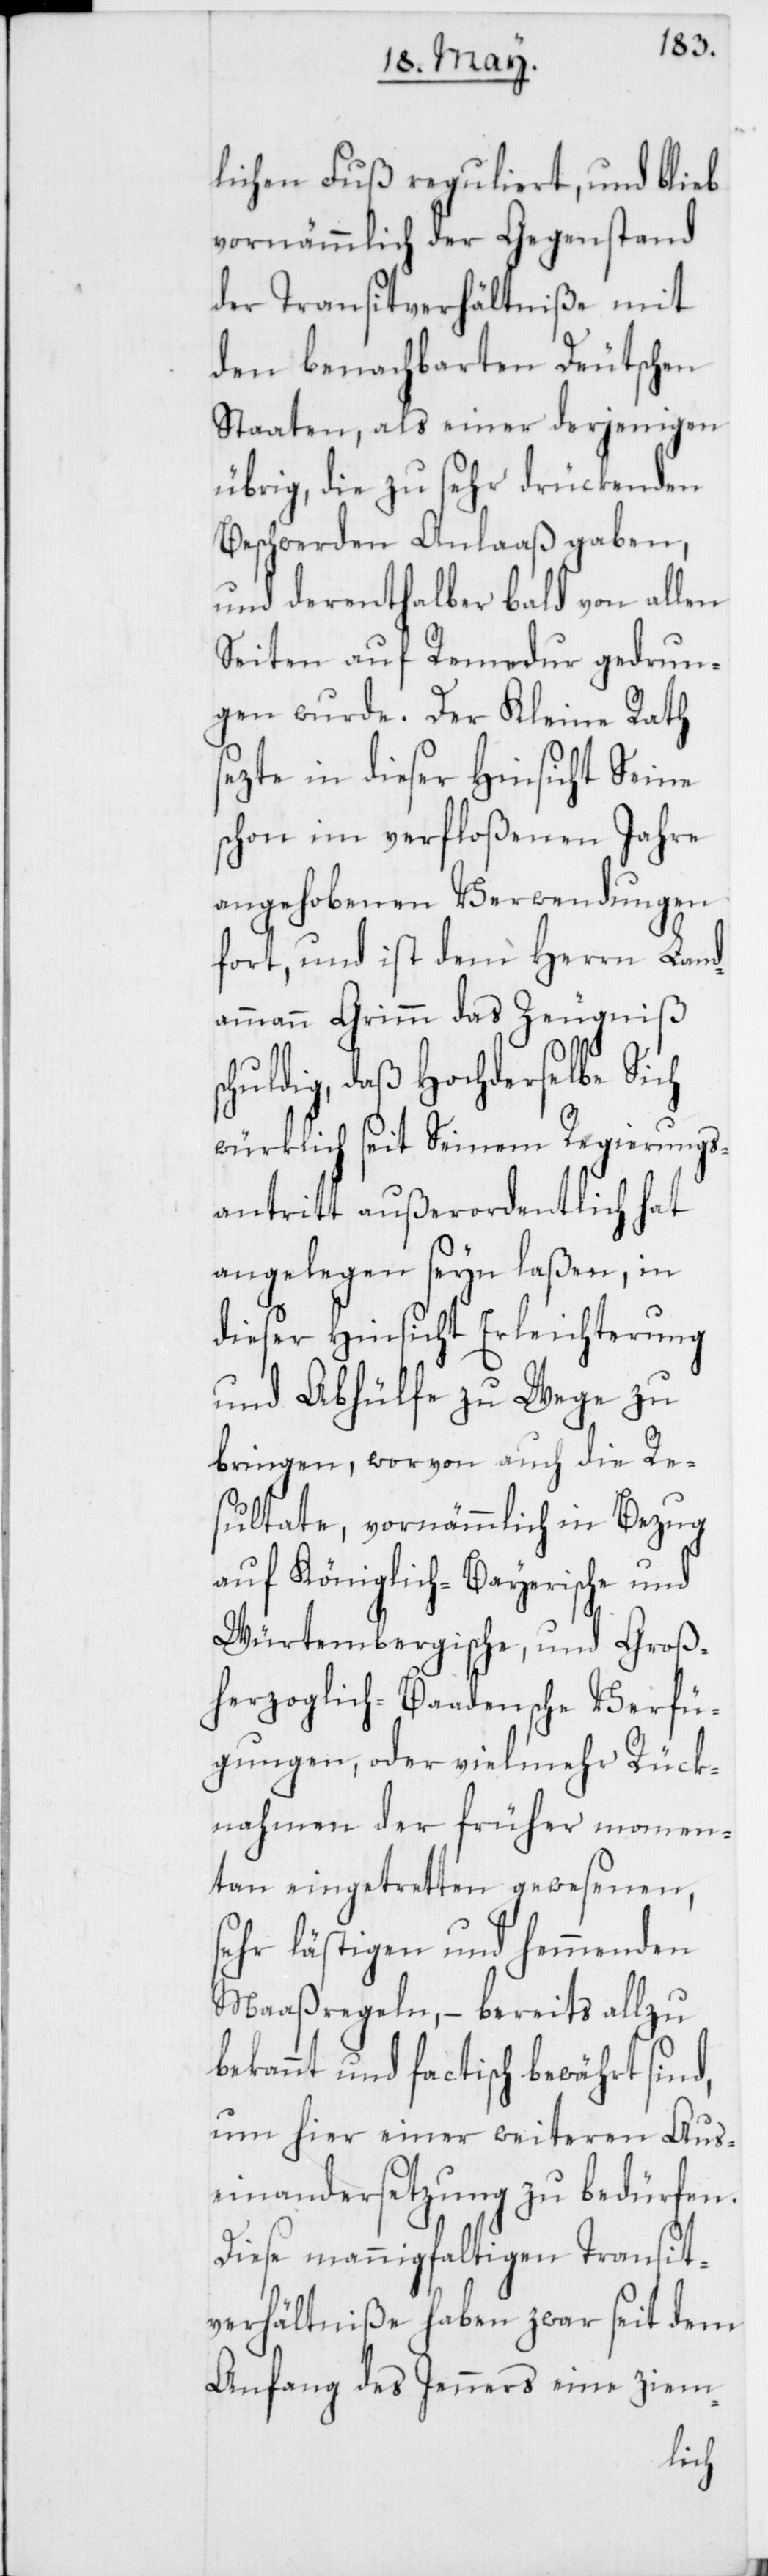
lichen Fuß reguliert, und blieb
vornämmlich der Gegenstand
der Transitverhältniße mit
den benachbarten Deutschen
Staaten, als einer derjenigen
übrig, die zu sehr drückenden
Beschwerden Anlaaß gaben,
und derenthalber bald von allen
Seiten auf Remedur gedrun¬
gen wurde. Der Kleine Rath
sezte in dieser Hinsicht Seine
schon im verfloßenen Jahre
angehobenen Verwendungen
fort, und ist dem Herrn Land¬
ammann Grimm das Zeugniß s¬
chuldig, daß Hochderselbe Sich
würklich seit Seinem Regierungs¬
antritt außerordentlich hat
angelegen seyn laßen, in
dieser Hinsicht Erleichterung
und Abhülfe zu Wege zu
bringen, worvon auch die Re¬
sultate, vornämmlich in Bezug
auf Königlich-Bayerische und
Würtembergische, und Groß¬
herzoglich-Baadensche Verfü¬
gungen, oder vielmehr Rück¬
nahmen der früher momen¬
tan eingetretten gewesenen,
sehr lästigen und hemmenden
Maaßregeln, – bereits allzu
bekannt und factisch bewährt sind,
um hier einer weiteren Aus¬
einandersetzung zu bedürfen.
Diese mannigfaltigen Transit¬
verhältniße haben zwar seit dem
Anfang des Jenners eine ziem-